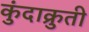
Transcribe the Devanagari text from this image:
कुंदाक्रुती